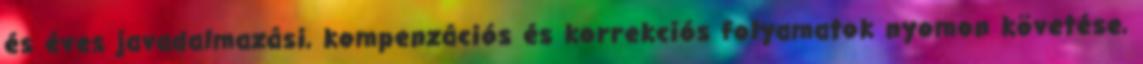
és éves javadalmazási, kompenzációs és korrekciós folyamatok nyomon követése,